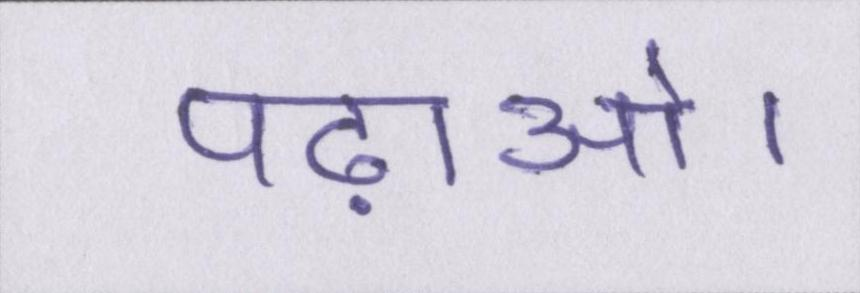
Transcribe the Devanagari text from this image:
पढ़ाओ।